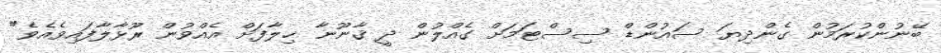
ބޭނުންކުރަމުން ގެންދިޔަ ސައުންޑް ސިސްޓަމަށް ގެއްލުން ދީ ޤާނޫނާ ޚިލާފަށް އެއްވުން ރޫޅާލާފައިވެއެވެ"